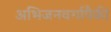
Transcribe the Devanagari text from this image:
अभिजनवर्गापैकी